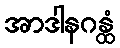
အာဒါနဂန္ထံ